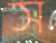
স